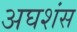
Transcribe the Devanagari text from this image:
अघशंस